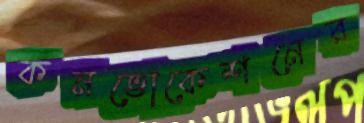
কনভোকেশনের